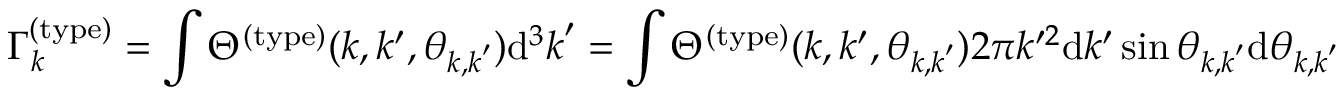
\Gamma _ { k } ^ { ( \mathrm { t y p e } ) } = \int \Theta ^ { ( \mathrm { t y p e } ) } ( k , k ^ { \prime } , \theta _ { \boldsymbol { k } , \boldsymbol { k } ^ { \prime } } ) \mathrm { d } ^ { 3 } \boldsymbol { k } ^ { \prime } = \int \Theta ^ { ( \mathrm { t y p e } ) } ( k , k ^ { \prime } , \theta _ { \boldsymbol { k } , \boldsymbol { k } ^ { \prime } } ) 2 \pi k ^ { \prime 2 } \mathrm { d } k ^ { \prime } \sin \theta _ { \boldsymbol { k } , \boldsymbol { k } ^ { \prime } } \mathrm { d } \theta _ { \boldsymbol { k } , \boldsymbol { k } ^ { \prime } }